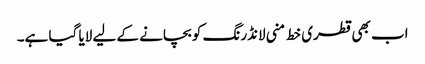
اب بھی قطری خط منی لانڈرنگ کو بچانے کے لیے لایا گیا ہے۔